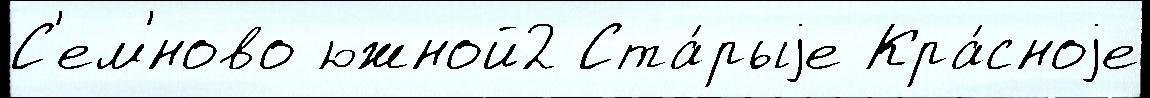
С'ем'́ново южной2 Ста́рыjе Кра́сноjе